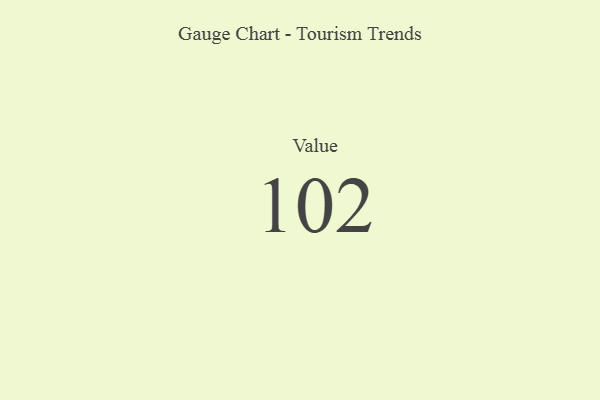
{"axis": {"x": "Metric", "y": "Value"}, "legend": [""], "data": [{"x": "Value", "y": 102, "type": ""}]}